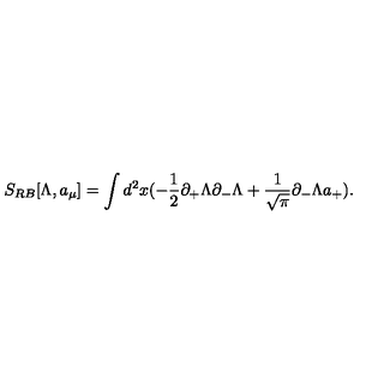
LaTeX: S _ { R B } [ \Lambda , a _ { \mu } ] = \int d ^ { 2 } x ( - \frac { 1 } { 2 } \partial _ { + } \Lambda \partial _ { - } \Lambda + \frac { 1 } { \sqrt { \pi } } \partial _ { - } \Lambda a _ { + } ) .